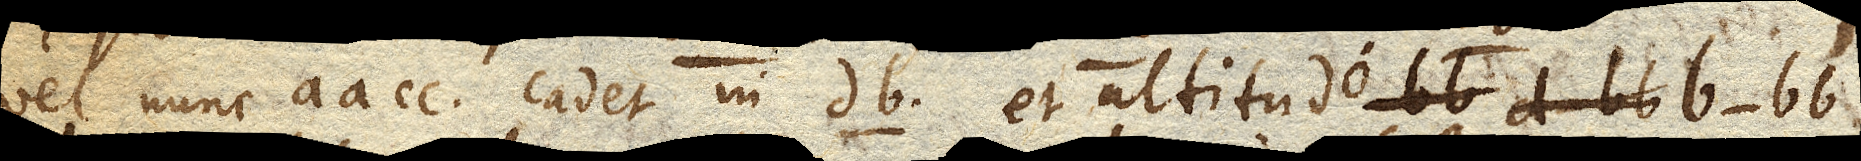
vel nunc aa cc cadet in db el altitudo b-bb